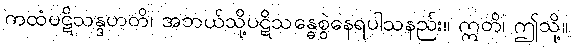
ကထံပဋိသန္ဒဟတိ၊ အဘယ်သို့ပဋိသန္ဓေစွဲနေရပါသနည်း။ ဣတိ၊ ဤသို့။